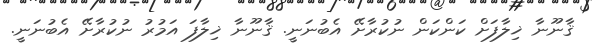
ޤާނޫނާ ޚިލާފަށް ކަންކަން ނުކުރާށޭ އެބުނަނީ. ޤާނޫނާ ޚިލާފަ އަމުރު ނުކުރާށޭ އެބުނަނީ.